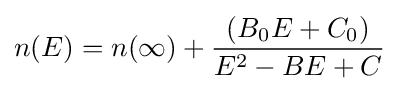
n(E)=n(\infty )+{\frac {(B_{0}E+C_{0})}{E^{2}-BE+C}}\